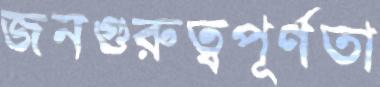
জনগুরুত্বপূর্ণতা